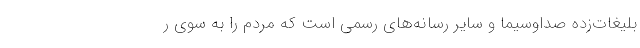
بلیغات‌زده صداوسیما و سایر رسانه‌های رسمی است كه مردم را به سوی ر